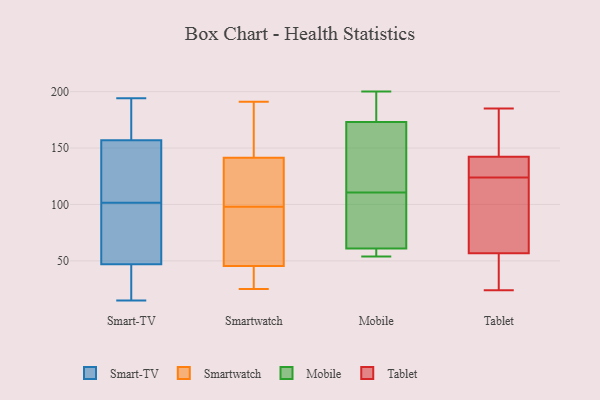
{"axis": {"x": "Inventory Turnover", "y": "Value"}, "legend": ["Mobile", "Smart-TV", "Smartwatch", "Tablet"], "data": [{"x": "", "y": 141, "type": "Smart-TV"}, {"x": "", "y": 194, "type": "Smart-TV"}, {"x": "", "y": 152, "type": "Smart-TV"}, {"x": "", "y": 122, "type": "Smart-TV"}, {"x": "", "y": 126, "type": "Smart-TV"}, {"x": "", "y": 34, "type": "Smart-TV"}, {"x": "", "y": 157, "type": "Smart-TV"}, {"x": "", "y": 29, "type": "Smart-TV"}, {"x": "", "y": 172, "type": "Smart-TV"}, {"x": "", "y": 15, "type": "Smart-TV"}, {"x": "", "y": 75, "type": "Smart-TV"}, {"x": "", "y": 81, "type": "Smart-TV"}, {"x": "", "y": 193, "type": "Smart-TV"}, {"x": "", "y": 192, "type": "Smart-TV"}, {"x": "", "y": 52, "type": "Smart-TV"}, {"x": "", "y": 56, "type": "Smart-TV"}, {"x": "", "y": 47, "type": "Smart-TV"}, {"x": "", "y": 20, "type": "Smart-TV"}, {"x": "", "y": 29, "type": "Smartwatch"}, {"x": "", "y": 191, "type": "Smartwatch"}, {"x": "", "y": 114, "type": "Smartwatch"}, {"x": "", "y": 142, "type": "Smartwatch"}, {"x": "", "y": 184, "type": "Smartwatch"}, {"x": "", "y": 65, "type": "Smartwatch"}, {"x": "", "y": 39, "type": "Smartwatch"}, {"x": "", "y": 27, "type": "Smartwatch"}, {"x": "", "y": 143, "type": "Smartwatch"}, {"x": "", "y": 65, "type": "Smartwatch"}, {"x": "", "y": 25, "type": "Smartwatch"}, {"x": "", "y": 110, "type": "Smartwatch"}, {"x": "", "y": 66, "type": "Smartwatch"}, {"x": "", "y": 140, "type": "Smartwatch"}, {"x": "", "y": 98, "type": "Smartwatch"}, {"x": "", "y": 173, "type": "Mobile"}, {"x": "", "y": 174, "type": "Mobile"}, {"x": "", "y": 61, "type": "Mobile"}, {"x": "", "y": 126, "type": "Mobile"}, {"x": "", "y": 126, "type": "Mobile"}, {"x": "", "y": 61, "type": "Mobile"}, {"x": "", "y": 200, "type": "Mobile"}, {"x": "", "y": 54, "type": "Mobile"}, {"x": "", "y": 64, "type": "Mobile"}, {"x": "", "y": 95, "type": "Mobile"}, {"x": "", "y": 28, "type": "Tablet"}, {"x": "", "y": 185, "type": "Tablet"}, {"x": "", "y": 24, "type": "Tablet"}, {"x": "", "y": 79, "type": "Tablet"}, {"x": "", "y": 149, "type": "Tablet"}, {"x": "", "y": 38, "type": "Tablet"}, {"x": "", "y": 124, "type": "Tablet"}, {"x": "", "y": 130, "type": "Tablet"}, {"x": "", "y": 63, "type": "Tablet"}, {"x": "", "y": 175, "type": "Tablet"}, {"x": "", "y": 84, "type": "Tablet"}, {"x": "", "y": 140, "type": "Tablet"}, {"x": "", "y": 130, "type": "Tablet"}]}